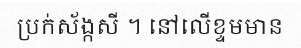
ប្រក់ស័ង្កសី ។ នៅលើខ្ទមមាន